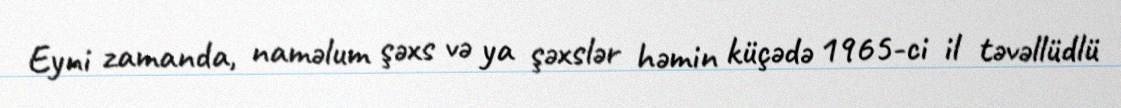
Eyni zamanda, naməlum şəxs və ya şəxslər həmin küçədə 1965-ci il təvəllüdlü